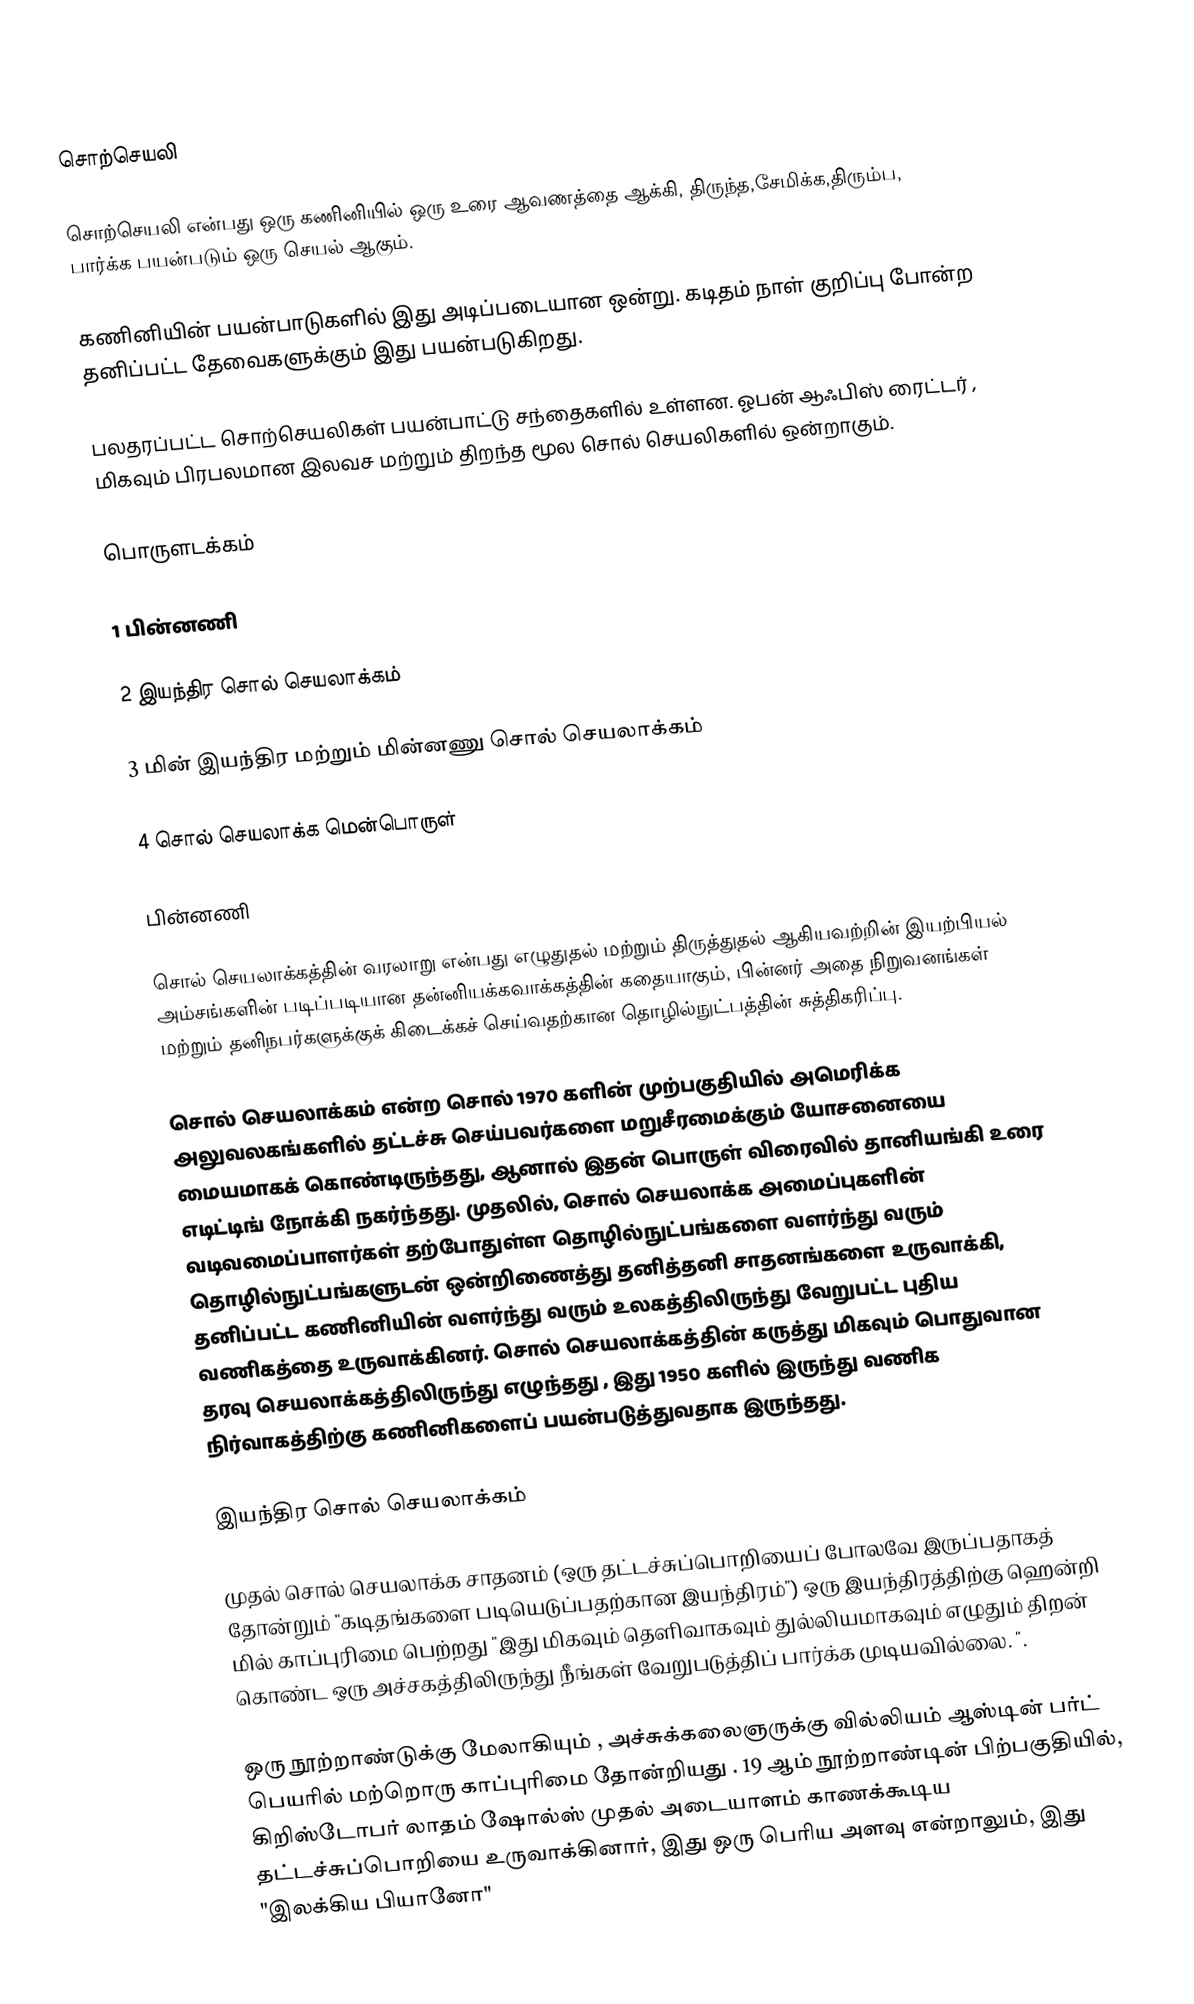
சொற்செயலி

சொற்செயலி என்பது ஒரு கணினியில் ஒரு உரை ஆவணத்தை ஆக்கி, திருந்த,சேமிக்க,திரும்ப, பார்க்க  பயன்படும் ஒரு செயல் ஆகும்.

கணினியின் பயன்பாடுகளில் இது அடிப்படையான ஒன்று. கடிதம் நாள் குறிப்பு போன்ற தனிப்பட்ட தேவைகளுக்கும் இது பயன்படுகிறது.

பலதரப்பட்ட சொற்செயலிகள்  பயன்பாட்டு சந்தைகளில் உள்ளன. ஓபன் ஆஃபிஸ் ரைட்டர் , மிகவும் பிரபலமான இலவச மற்றும் திறந்த மூல சொல் செயலிகளில் ஒன்றாகும்.

பொருளடக்கம்

1	பின்னணி

2	இயந்திர சொல் செயலாக்கம்

3	மின் இயந்திர மற்றும் மின்னணு சொல் செயலாக்கம்

4	சொல் செயலாக்க மென்பொருள்

பின்னணி

சொல் செயலாக்கத்தின் வரலாறு என்பது எழுதுதல் மற்றும் திருத்துதல் ஆகியவற்றின் இயற்பியல் அம்சங்களின் படிப்படியான தன்னியக்கவாக்கத்தின் கதையாகும், பின்னர் அதை நிறுவனங்கள் மற்றும் தனிநபர்களுக்குக் கிடைக்கச் செய்வதற்கான தொழில்நுட்பத்தின் சுத்திகரிப்பு.

சொல் செயலாக்கம் என்ற சொல் 1970 களின் முற்பகுதியில் அமெரிக்க அலுவலகங்களில் தட்டச்சு செய்பவர்களை மறுசீரமைக்கும் யோசனையை மையமாகக் கொண்டிருந்தது, ஆனால் இதன் பொருள் விரைவில் தானியங்கி உரை எடிட்டிங் நோக்கி நகர்ந்தது. முதலில், சொல் செயலாக்க அமைப்புகளின் வடிவமைப்பாளர்கள் தற்போதுள்ள தொழில்நுட்பங்களை வளர்ந்து வரும் தொழில்நுட்பங்களுடன் ஒன்றிணைத்து தனித்தனி சாதனங்களை உருவாக்கி, தனிப்பட்ட கணினியின் வளர்ந்து வரும் உலகத்திலிருந்து வேறுபட்ட புதிய வணிகத்தை உருவாக்கினர். சொல் செயலாக்கத்தின் கருத்து மிகவும் பொதுவான தரவு செயலாக்கத்திலிருந்து எழுந்தது , இது 1950 களில் இருந்து வணிக நிர்வாகத்திற்கு கணினிகளைப் பயன்படுத்துவதாக இருந்தது.

இயந்திர சொல் செயலாக்கம்

முதல் சொல் செயலாக்க சாதனம் (ஒரு தட்டச்சுப்பொறியைப் போலவே இருப்பதாகத் தோன்றும் "கடிதங்களை படியெடுப்பதற்கான இயந்திரம்") ஒரு இயந்திரத்திற்கு ஹென்றி மில் காப்புரிமை பெற்றது "இது மிகவும் தெளிவாகவும் துல்லியமாகவும் எழுதும் திறன் கொண்ட ஒரு அச்சகத்திலிருந்து நீங்கள் வேறுபடுத்திப் பார்க்க முடியவில்லை. ".

ஒரு நூற்றாண்டுக்கு மேலாகியும் , அச்சுக்கலைஞருக்கு வில்லியம் ஆஸ்டின் பர்ட் பெயரில் மற்றொரு காப்புரிமை தோன்றியது . 19 ஆம் நூற்றாண்டின் பிற்பகுதியில், கிறிஸ்டோபர் லாதம் ஷோல்ஸ்  முதல் அடையாளம் காணக்கூடிய தட்டச்சுப்பொறியை உருவாக்கினார், இது ஒரு பெரிய அளவு என்றாலும், இது "இலக்கிய பியானோ"